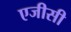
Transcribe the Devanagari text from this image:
एजीसी